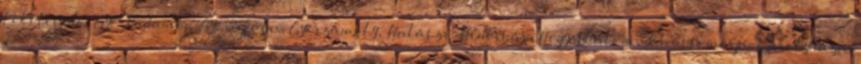
Feketeerdő, Győrladamér, Győrújfalu, Győrzámoly, Halászi, Hédervár, Hegyeshalom, Jánossomorja, Károlyháza,